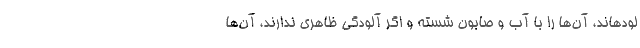
لودهاند، آن‌ها را با آب و صابون شسته و اگر آلودگی ظاهری ندارند، آن‌ها